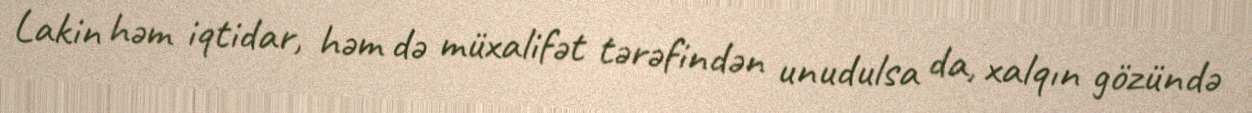
Lakin həm iqtidar, həm də müxalifət tərəfindən unudulsa da, xalqın gözündə